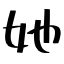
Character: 她